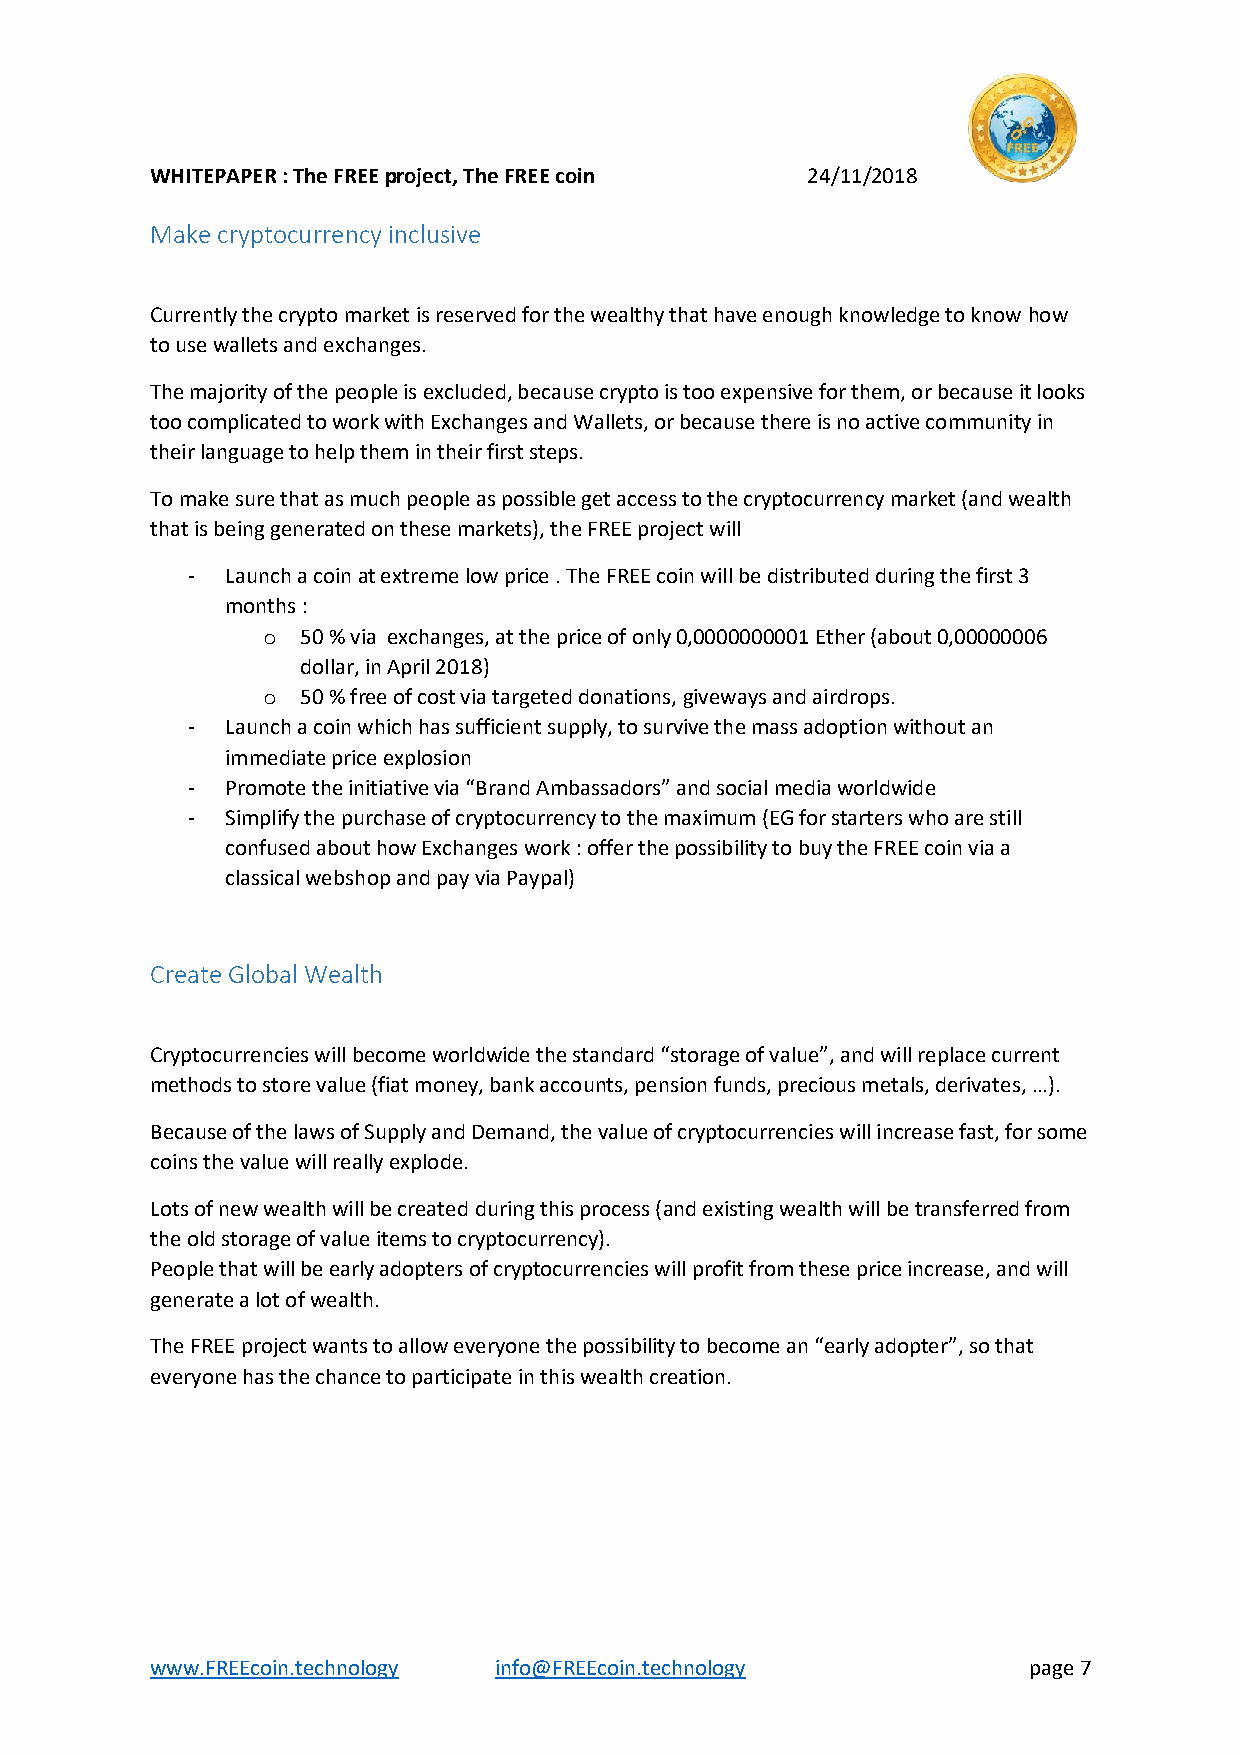
WHITEPAPER : The FREE project, The FREE coin 24/11/2018
 Make cryptocurrency inclusive
 Currently the crypto market is reserved for the wealthy that have enough knowledge to know how
 to use wallets and exchanges.
 The majority of the people is excluded, because crypto is too expensive for them, or because it looks
 too complicated to work with Exchanges and Wallets, or because there is no active community in
 their language to help them in their first steps.
 To make sure that as much people as possible get access to the cryptocurrency market (and wealth
 that is being generated on these markets), the FREE project will
 -  Launch a coin at extreme low price . The FREE coin will be distributed during the first 3
 months :
 o  50 % via exchanges, at the price of only 0,0000000001 Ether (about 0,00000006
 dollar, in April 2018)
 o  50 % free of cost via targeted donations, giveways and airdrops.
 -  Launch a coin which has sufficient supply, to survive the mass adoption without an
 immediate price explosion
 -  Promote the initiative via “Brand Ambassadors” and social media worldwide
 -  Simplify the purchase of cryptocurrency to the maximum (EG for starters who are still
 confused about how Exchanges work : offer the possibility to buy the FREE coin via a
 classical webshop and pay via Paypal)
 Create Global Wealth
 Cryptocurrencies will become worldwide the standard “storage of value”, and will replace current
 methods to store value (fiat money, bank accounts, pension funds, precious metals, derivates, …).
 Because of the laws of Supply and Demand, the value of cryptocurrencies will increase fast, for some
 coins the value will really explode.
 Lots of new wealth will be created during this process (and existing wealth will be transferred from
 the old storage of value items to cryptocurrency).
 People that will be early adopters of cryptocurrencies will profit from these price increase, and will
 generate a lot of wealth.
 The FREE project wants to allow everyone the possibility to become an “early adopter”, so that
 everyone has the chance to participate in this wealth creation.
 www.FREEcoin.technology info@FREEcoin.technology          page 7